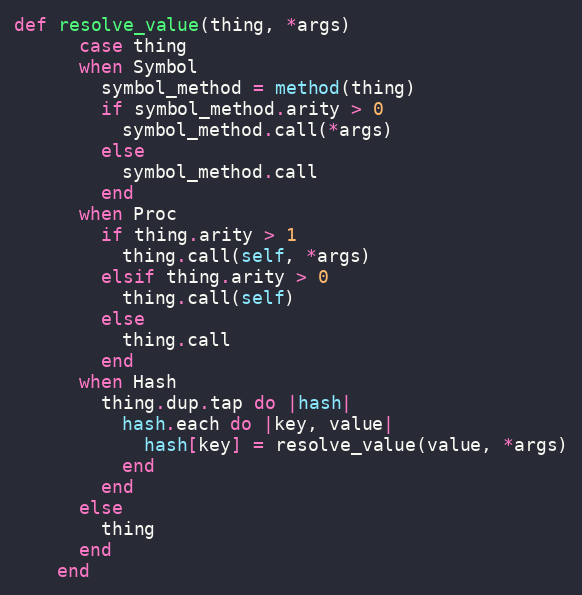
Language: Ruby
def resolve_value(thing, *args)
      case thing
      when Symbol
        symbol_method = method(thing)
        if symbol_method.arity > 0
          symbol_method.call(*args)
        else
          symbol_method.call
        end
      when Proc
        if thing.arity > 1
          thing.call(self, *args)
        elsif thing.arity > 0
          thing.call(self)
        else
          thing.call
        end
      when Hash
        thing.dup.tap do |hash|
          hash.each do |key, value|
            hash[key] = resolve_value(value, *args)
          end
        end
      else
        thing
      end
    end